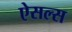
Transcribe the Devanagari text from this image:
ऐसल्स